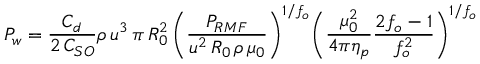
P _ { w } = { \frac { C _ { d } } { 2 \, C _ { S O } } } \rho \, u ^ { 3 } \, \pi \, R _ { 0 } ^ { 2 } \, { \biggl ( } { \frac { P _ { R M F } } { u ^ { 2 } \, R _ { 0 } \, \rho \, \mu _ { 0 } } } { \biggr ) } ^ { 1 / f _ { o } } { \biggl ( } { \frac { \mu _ { 0 } ^ { 2 } } { 4 \pi \eta _ { p } } } { \frac { 2 f _ { o } - 1 } { f _ { o } ^ { 2 } } } { \biggr ) } ^ { 1 / f _ { o } }